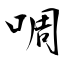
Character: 啁